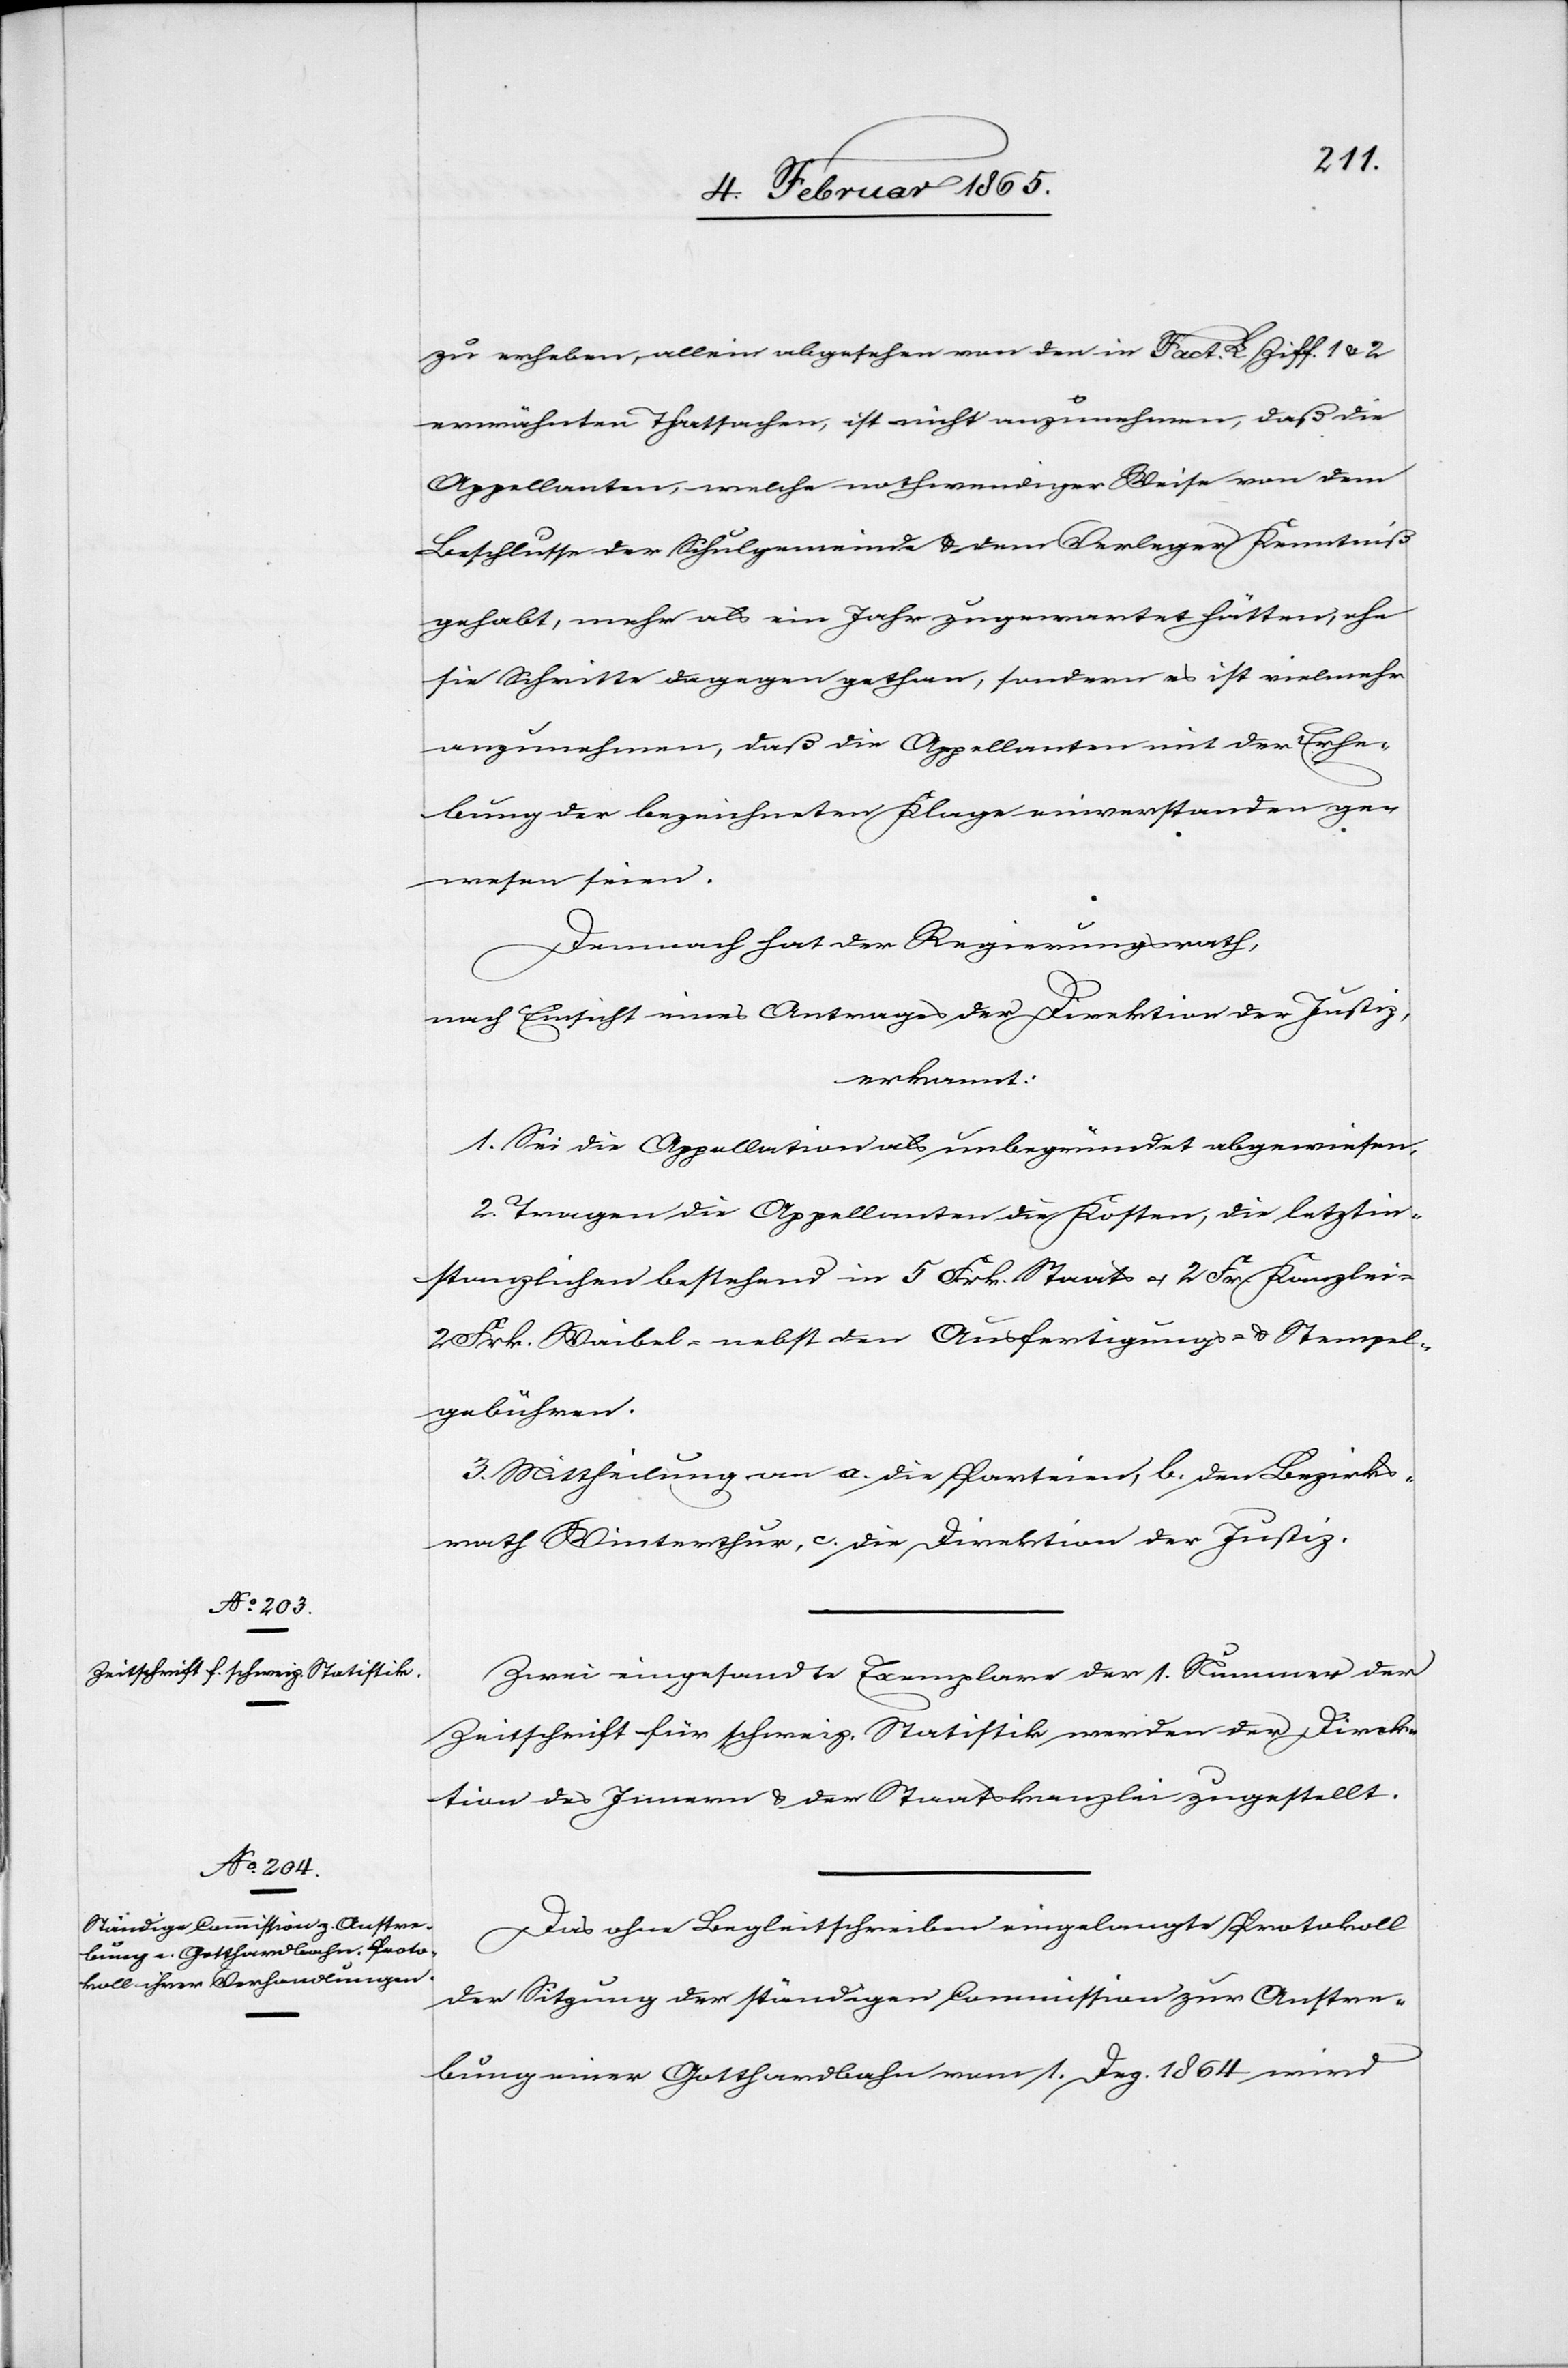
zu erheben, allein abgesehen von den in Fact. L Ziff. 1 u. 2
erwähnten Thatsachen, ist nicht anzunehmen, daß die
Appellanten, welche nothwendiger Weise von dem
Beschlusse der Schulgemeinde u. dem Verleger Kenntniß
gehabt, mehr als ein Jahr zugewartet hätten, ehe
sie Schritte dagegen gethan, sondern es ist vielmehr
anzunehmen, daß die Appellanten mit der Erhe¬
bung der bezeichneten Klage einverstanden ge¬
wesen seien.
Demnach hat der Regierungsrath,
nach Einsicht eines Antrages der Direktion der Justiz,
erkannt:
1. Sei die Appellation als unbegründet abgewiesen.
2. Tragen die Appellanten die Kosten, die letztin¬
stanzlichen bestehend in 5 Frk. Staats-, 2 Frk. Kanzlei-[,]
2 Frk. Waibel- nebst den Ausfertigungs- u. Stempel¬
gebühren.
3. Mittheilung an a. die Parteien, b. den Bezirks¬
rath Winterthur, c. die Direktion der Justiz.
Zwei eingesandte Exemplare der 1. Nummer der
Zeitschrift für schweiz. Statistik werden der Direk¬
tion des Innern u. der Staatskanzlei zugestellt.
Das ohne Begleitschreiben eingelangte Protokoll
der Sitzung der ständigen Commission zur Anstre¬
bung einer Gotthardbahn vom 1. Dez. 1864 wird